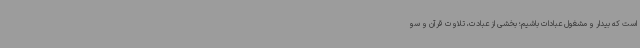
است که بیدار و مشغول عبادات باشیم؛ بخشی از عبادت، تلاوت قرآن و سو